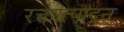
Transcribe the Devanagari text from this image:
रक्तोत्पादन